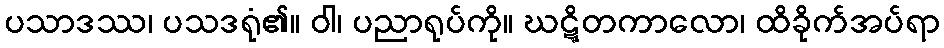
ပသာဒဿ၊ ပသဒရုံ၏။ ဝါ၊ ပညာရုပ်ကို။ ဃဋ္ဋိတကာလော၊ ထိခိုက်အပ်ရာ